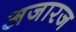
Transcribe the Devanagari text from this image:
अजारज